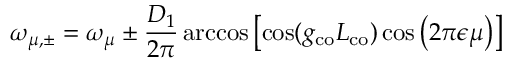
\omega _ { \mu , \pm } = \omega _ { \mu } \pm \frac { D _ { 1 } } { 2 \pi } \operatorname { a r c c o s } \left[ \cos ( g _ { \mathrm { c o } } L _ { \mathrm { c o } } ) \cos \left( 2 \pi \epsilon \mu \right) \right]